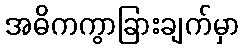
အဓိကကွာခြားချက်မှာ